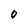
Character: o